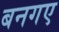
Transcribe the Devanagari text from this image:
बनगए